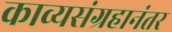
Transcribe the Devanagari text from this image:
काव्यसंग्रहानंतर